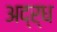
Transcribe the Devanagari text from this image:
अद्र्ध